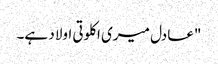
"عادل میری اکلوتی اولاد ہے۔